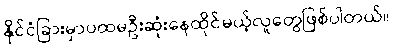
နိုင်ငံခြားမှာပထမဦးဆုံးနေထိုင်မယ့်လူတွေဖြစ်ပါတယ်။